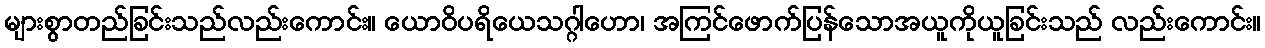
များစွာတည်ခြင်းသည်လည်းကောင်း။ ယောဝိပရိယေသဂ္ဂါဟော၊ အကြင်ဖောက်ပြန်သောအယူကိုယူခြင်းသည် လည်းကောင်း။